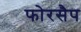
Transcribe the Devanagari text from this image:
फोरसैप